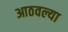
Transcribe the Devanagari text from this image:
आठवल्या